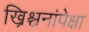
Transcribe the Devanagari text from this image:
ख्रिश्चनांपेक्षा